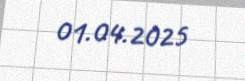
01.04.2025